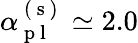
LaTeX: \alpha_{\mathrm{~p~l~}}^{\mathrm{~(~s~)~}}\simeq 2.0